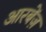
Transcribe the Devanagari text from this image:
आरबेंज़